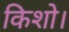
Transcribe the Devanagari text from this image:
किशो।